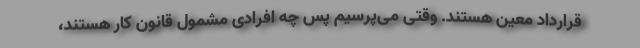
قرارداد معین هستند. وقتی می‌پرسیم پس چه افرادی مشمول قانون کار هستند،